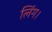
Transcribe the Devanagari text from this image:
लिंग।